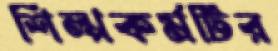
শিল্পকর্মটির